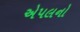
એપલનો